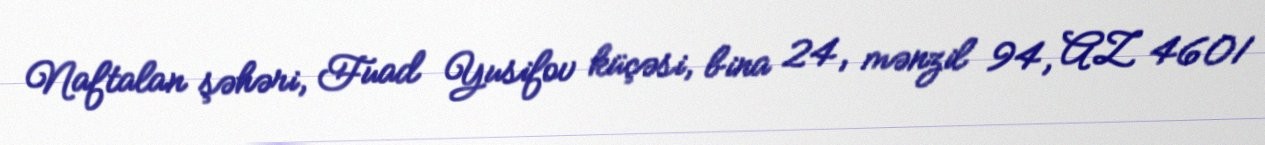
Naftalan şəhəri, Fuad Yusifov küçəsi, bina 24, mənzil 94, AZ 4601